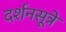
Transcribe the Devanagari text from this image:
दर्शनसूत्रे